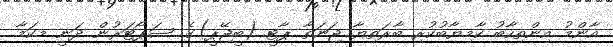
އާންމު އިންތިހާބު ކާމިޔާބުކުރި ބާރަތިޔާ ޖަނަތާ ޕާޓީ (ބީޖޭޕީ)ގެ ސަޕޯޓަރުން ދަނީ މިކަމާ